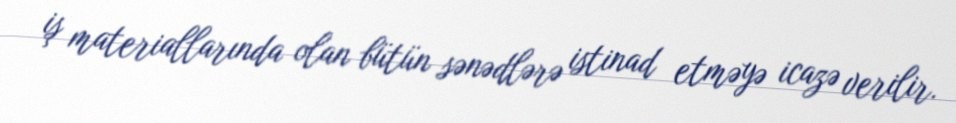
iş materiallarında olan bütün sənədlərə istinad etməyə icazə verilir.